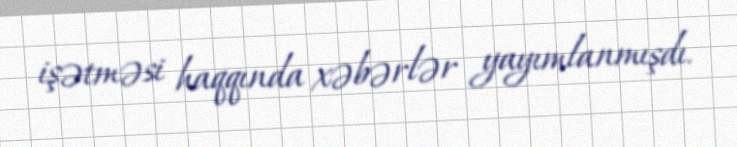
işətməsi haqqında xəbərlər yayımlanmışdı.